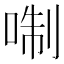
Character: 𠶜